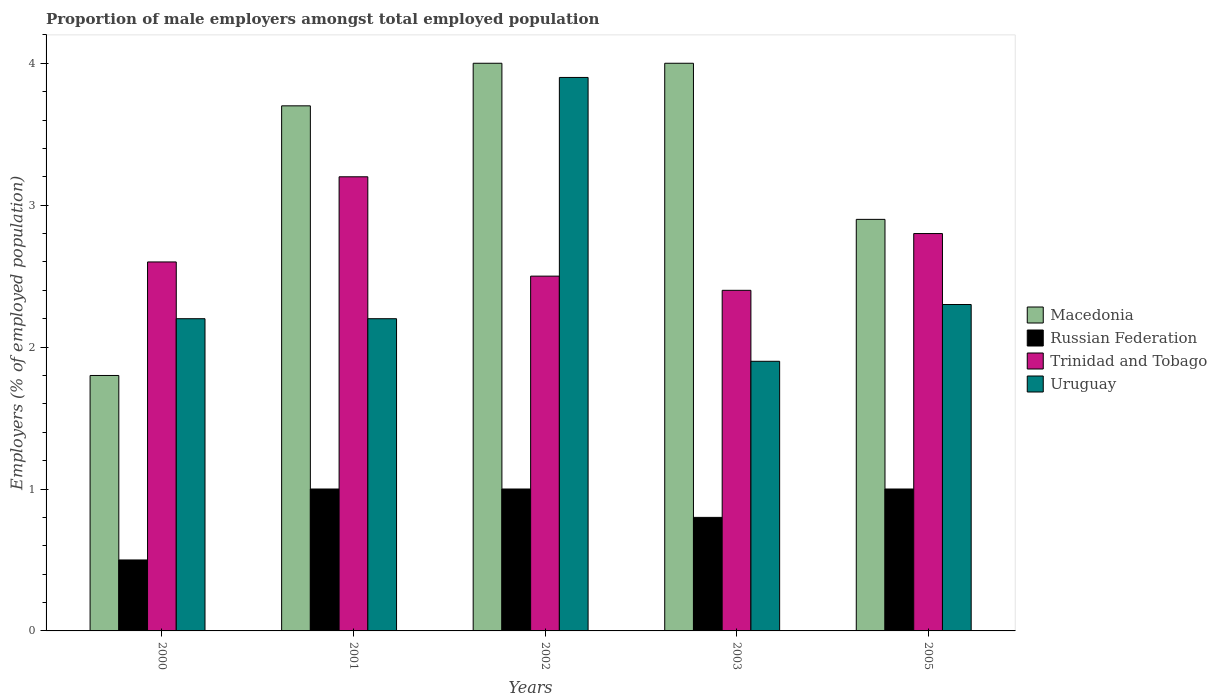
| Years | Macedonia | Russian Federation | Trinidad and Tobago | Uruguay |
 | --- | --- | --- | --- | --- |
 | 2000 | 1.8 | 0.5 | 2.6 | 2.2 |
 | 2001 | 3.7 | 1 | 3.2 | 2.2 |
 | 2002 | 4 | 1 | 2.5 | 3.9 |
 | 2003 | 4 | 0.8 | 2.4 | 1.9 |
 | 2005 | 2.9 | 1 | 2.8 | 2.3 |